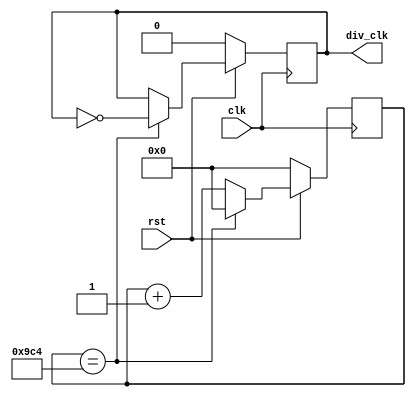
`define TimeExpire 32'd2500
module cli_div(clk,rst,div_clk);
input clk,rst;
output div_clk;

reg div_clk;
reg [31:0]count;

always@(posedge clk)
begin
 if(!rst)
 begin
 count<=32'd0;
 div_clk<=1'b0;
 end
 else
 begin
 if(count==`TimeExpire)
 begin
 count<=32'd0;
 div_clk<=!div_clk;
 end
 else
 begin
 count<=count+32'd1;
 end 
 end
end

endmodule


module Lab8(clk,reset, dot_row, dot_col);
input clk,reset;
output reg[7:0] dot_row, dot_col;
reg [2:0]row_count;
wire clk_div;
cli_div c(.clk(clk),.rst(reset),.div_clk(clk_div));

always@(posedge clk_div or negedge reset)
begin
 if(!reset) begin
  dot_row <= 8'b0;
  dot_col <= 8'b0;
  row_count <= 0;
 end
 else begin
  row_count <= row_count+1;
  
 case(row_count)
 3'd0: dot_row <= 8'b01111111;
 3'd1: dot_row <= 8'b10111111;
 3'd2: dot_row <= 8'b11011111;
 3'd3: dot_row <= 8'b11101111;
 3'd4: dot_row <= 8'b11110111;
 3'd5: dot_row <= 8'b11111011;
 3'd6: dot_row <= 8'b11111101;
 3'd7: dot_row <= 8'b11111110;
 endcase
 
 case(row_count)
 3'd0: dot_col <= 8'b00011000;
 3'd1: dot_col <= 8'b00100100;
 3'd2: dot_col <= 8'b01000010;
 3'd3: dot_col <= 8'b11000011;
 3'd4: dot_col <= 8'b01000010;
 3'd5: dot_col <= 8'b01000010;
 3'd6: dot_col <= 8'b01000010;
 3'd7: dot_col <= 8'b01111110;
 endcase
 end
end

endmodule